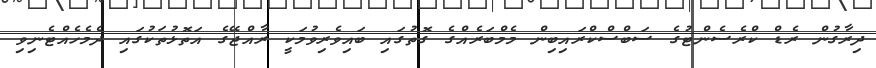
ދިރާގުން ރެޑް ކްރެސެންޓުގެ ސަބްސްކްރައިބިން މެމްބަރެއްގެ ގޮތުގައި ބައިވެރިވުމަކީ ރާއްޖޭގެ އަތޮޅުތަކުގައި ދެމެހެއްޓެނިވި